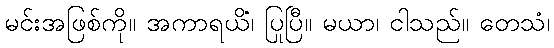
မင်းအဖြစ်ကို။ အကာရယိံ၊ ပြုပြီ။ မယာ၊ ငါသည်။ တေသံ၊